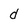
Character: d